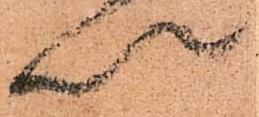
以